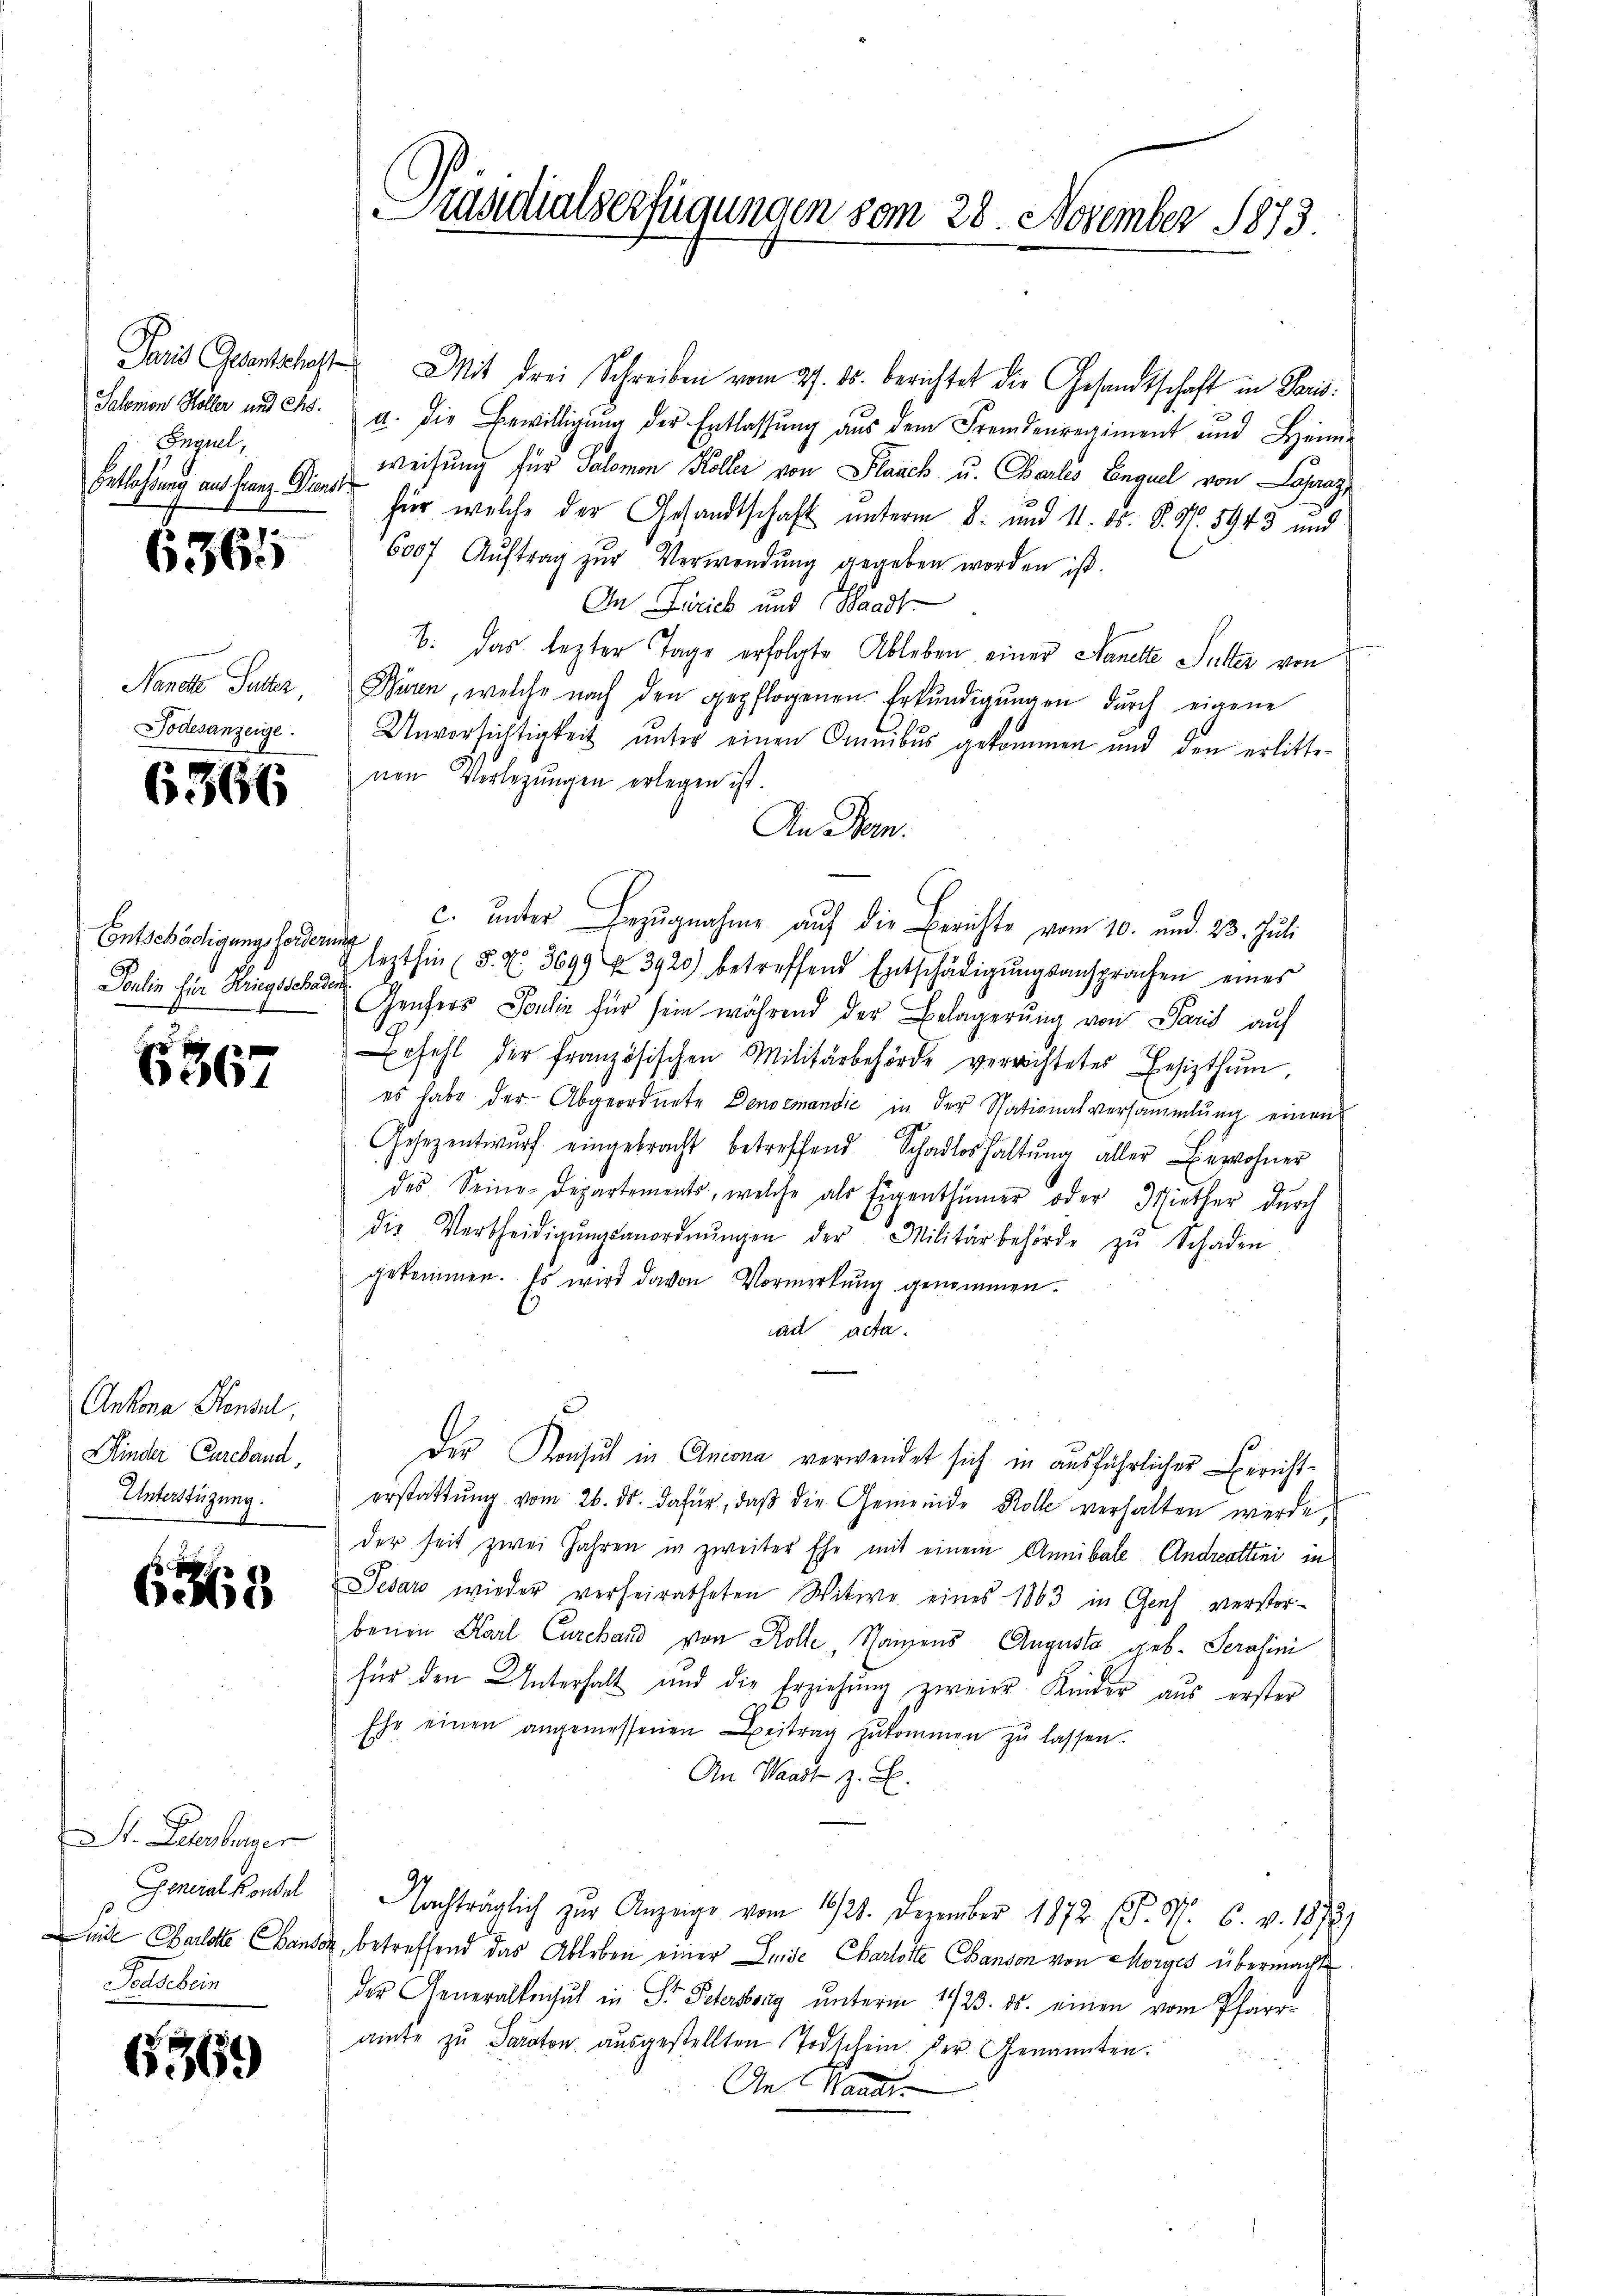
Erguel,
Entlassung aus franz. Dienst
6365

Todesanzeige.

6366

Poulin für Kriegschaden

6367

Ankona Sensel,
Kinder Cureband,
Unterstüzung.

f
633

St. Leerleger
Soterbein

6369

Paris Gesentschaft Mit drei Schreiben vom 27. ds. berichtet die Gesandtschaft in Paris
Schnen Höller und 2. a. die Bewilligŭng der Entlassŭng aus dem Fremdenregiment und Heim-
Weisung für Salomon Koller von Flaach u. Carlis Enguel von Laag
für welche der Gesandtschaft unterm 8. und 11. ds. S. Nr. 8943 und
6007 Aŭftrag zŭr Verwendŭng gegeben worden ist.
An Frick und Waadt
b. Das lezter Tage erfolgte Ableben einer Nanette Sutter von
Nanete Sutter, Buren, welche nach den gepflogenen Erkŭndigŭngen dŭrch eigene
Unvorsichtigkeit unter einen Omnibus gekommen und den erlittenen Verlegungen erlegen ist.
An Stern.
c. ŭnter Bezŭgnahme auf die Berichte vom 10. und 23. Juli
Entschädigungsfordern lezthin (§. N. 3699 3920) betreffend Entschädigŭngsansprachen eines
Genfers Soulin für sein während der Belagerŭng von Paris auf
rfehl der französischen Militärbehörde verrichtetes Besizthŭm,
es habe der Abgeordnete Denormandić in der Stationalversammlung einen
Gesezentwŭrf eingebracht betreffend Schadloshaltŭng aller Bewohner
des Seine Departements, welche als Eigenthümer oder Miether durch
die Vertheidigŭngsanordnŭngen der Militärbehörde zŭ Schaden
gekommen. Es wird davon Vormerkŭng genommen.
ad acta.
Der Konsul in Ancona verwendet sich in ausführlicher Berichterstattŭng vom 26. ds. dafür, daβ die Gemeinde Kolle verhalten werde,
der seit zwei Jahren in zweiter Ehe mit einem Annibale Andreattini in
Jesaro wieder verheiratheten Witwe eines 1863 in Genf verstorbenen Karl Curchard von Kolle, Sanens Augusta geb. Serasini
für den Unterhalt und die Erziehŭng zweier Kinder aus erster
Ehr einen angemessenen Beitrag zŭkommen zŭ lassen.
An Waadt z. B.
Geralkonte Nachträglich zur Anzeige vom 16/21. Dezember 1872 (s. S. 6. v. 18729
mide Charlotte anson, betreffend das Ableben einer Linde Charlotte Chanson von Morges übermachte
der Generaltenhut in St. Petersberg unterm 1923. ds. einen vom Pfarr-
aite zu Paraton ausgestellten Todschein der Genannten.
An Hande

Präsidialverfügungen vom 28. November 1873.